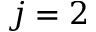
j = 2